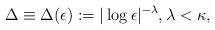
LaTeX: \begin{align*}\Delta\equiv\Delta(\epsilon):=|\log\epsilon|^{-\lambda}, \lambda<\kappa,\end{align*}